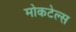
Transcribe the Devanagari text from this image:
मोकटेल्स